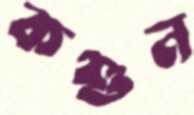
কশুন